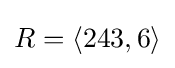
R=\langle 243,6\rangle